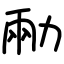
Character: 㔝